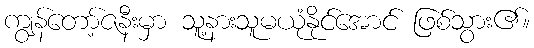
ကျွန်တော့်ဇနီးမှာ သူ့နားသူမယုံနိုင်အောင် ဖြစ်သွား၏။